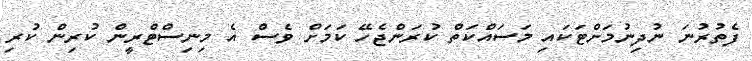
ފެތުރުނަ ނުދިނުމަށްޓަކައި މަސައްކަތް ކުރަންޖެހޭ ކަމަށް ވެސް އެ މިނިސްޓްރީން ކުރިން ކުރި